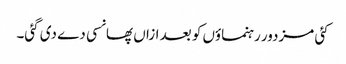
کئی مزدور رہنماؤں کو بعد ازاں پھانسی دے دی گئی۔